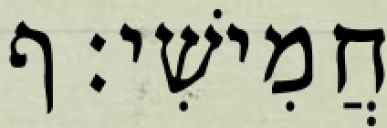
חֲמִישִׁי׃ ף